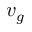
v _ { g }